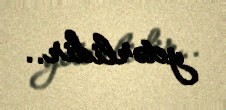
yetərlidir..